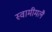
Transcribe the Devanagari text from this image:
स्वामीमलै